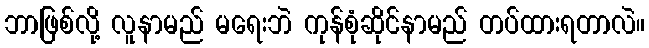
ဘာဖြစ်လို့ လူနာမည် မရေးဘဲ ကုန်စုံဆိုင်နာမည် တပ်ထားရတာလဲ။